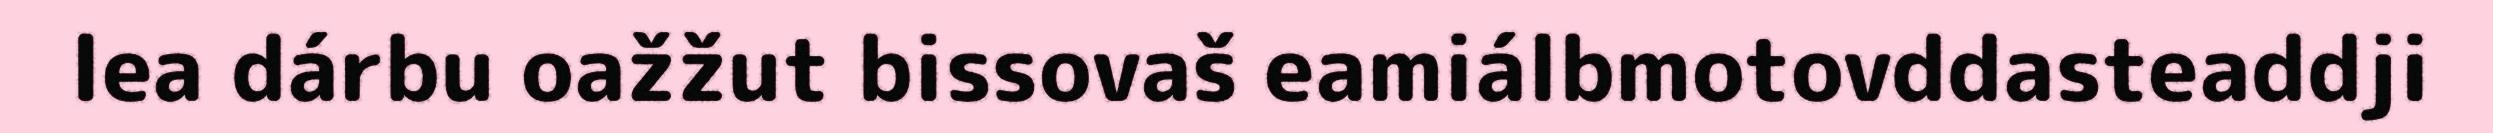
lea dárbu oažžut bissovaš eamiálbmotovddasteaddji